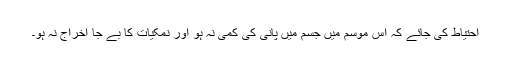
احتیاط کی جائے کہ اس موسم میں جسم میں پانی کی کمی نہ ہو اور نمکیات کا بے جا اخراج نہ ہو۔